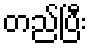
တည်ပြီး